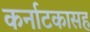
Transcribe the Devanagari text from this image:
कर्नाटकासह